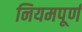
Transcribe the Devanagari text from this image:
नियमपूर्ण